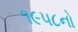
૧૯૫૮નો